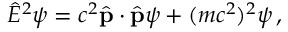
{ \hat { E } } ^ { 2 } \psi = c ^ { 2 } { \hat { \mathbf { p } } } \cdot { \hat { \mathbf { p } } } \psi + ( m c ^ { 2 } ) ^ { 2 } \psi \, ,